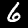
Label: 6